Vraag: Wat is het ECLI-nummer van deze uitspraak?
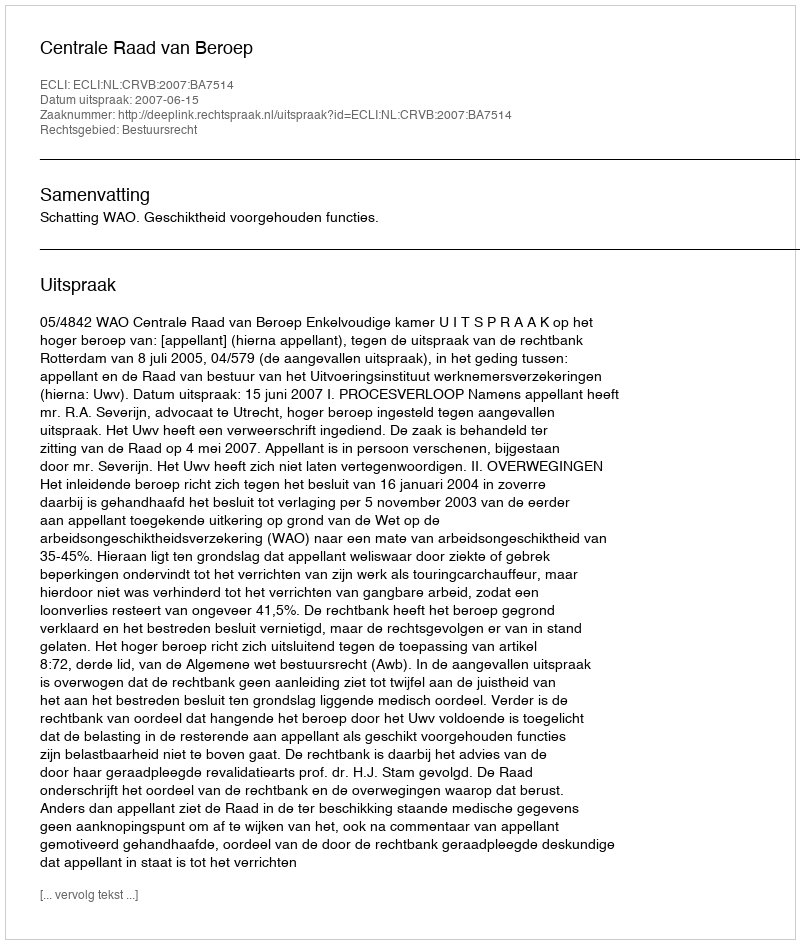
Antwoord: ECLI:NL:CRVB:2007:BA7514